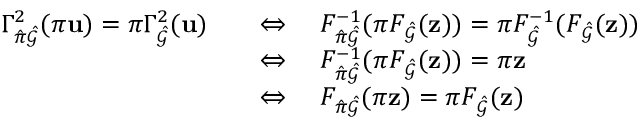
\begin{array} { r l } { \Gamma _ { \hat { \pi } \hat { \mathcal { G } } } ^ { 2 } ( \pi \mathbf { u } ) = \pi \Gamma _ { \hat { \mathcal { G } } } ^ { 2 } ( \mathbf { u } ) } & { \quad \Leftrightarrow \quad F _ { \hat { \pi } \hat { \mathcal { G } } } ^ { - 1 } ( \pi F _ { \hat { \mathcal { G } } } ( \mathbf { z } ) ) = \pi F _ { \hat { \mathcal { G } } } ^ { - 1 } ( F _ { \hat { \mathcal { G } } } ( \mathbf { z } ) ) } \\ & { \quad \Leftrightarrow \quad F _ { \hat { \pi } \hat { \mathcal { G } } } ^ { - 1 } ( \pi F _ { \hat { \mathcal { G } } } ( \mathbf { z } ) ) = \pi \mathbf { z } } \\ & { \quad \Leftrightarrow \quad F _ { \hat { \pi } \hat { \mathcal { G } } } ( \pi \mathbf { z } ) = \pi F _ { \hat { \mathcal { G } } } ( \mathbf { z } ) } \end{array}